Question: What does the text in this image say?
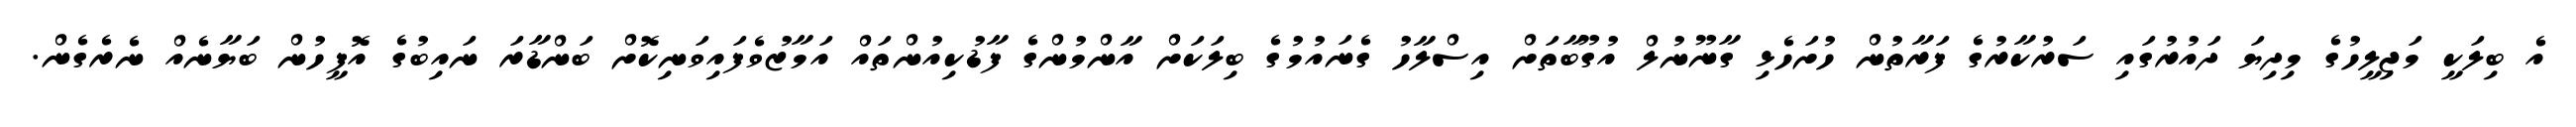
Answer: އެ ބިލަކީ މަޖިލީހުގެ މިދިޔަ ދައުރުގައި ސަރުކާރުގެ ފަރާތުން ހުށަހެޅި ގާނޫނުލް އުގޫބާތަށް އިސްލާހު ގެނައުމުގެ ބިލަކަށް އާންމުންގެ ފާޑުކިއުންތައް އަމާޒުވެފައިވަނިކޮށް ބަންޑާރަ ނައިބުގެ އޮފީހުން ބަޔާނެއް ނެރެގެން.